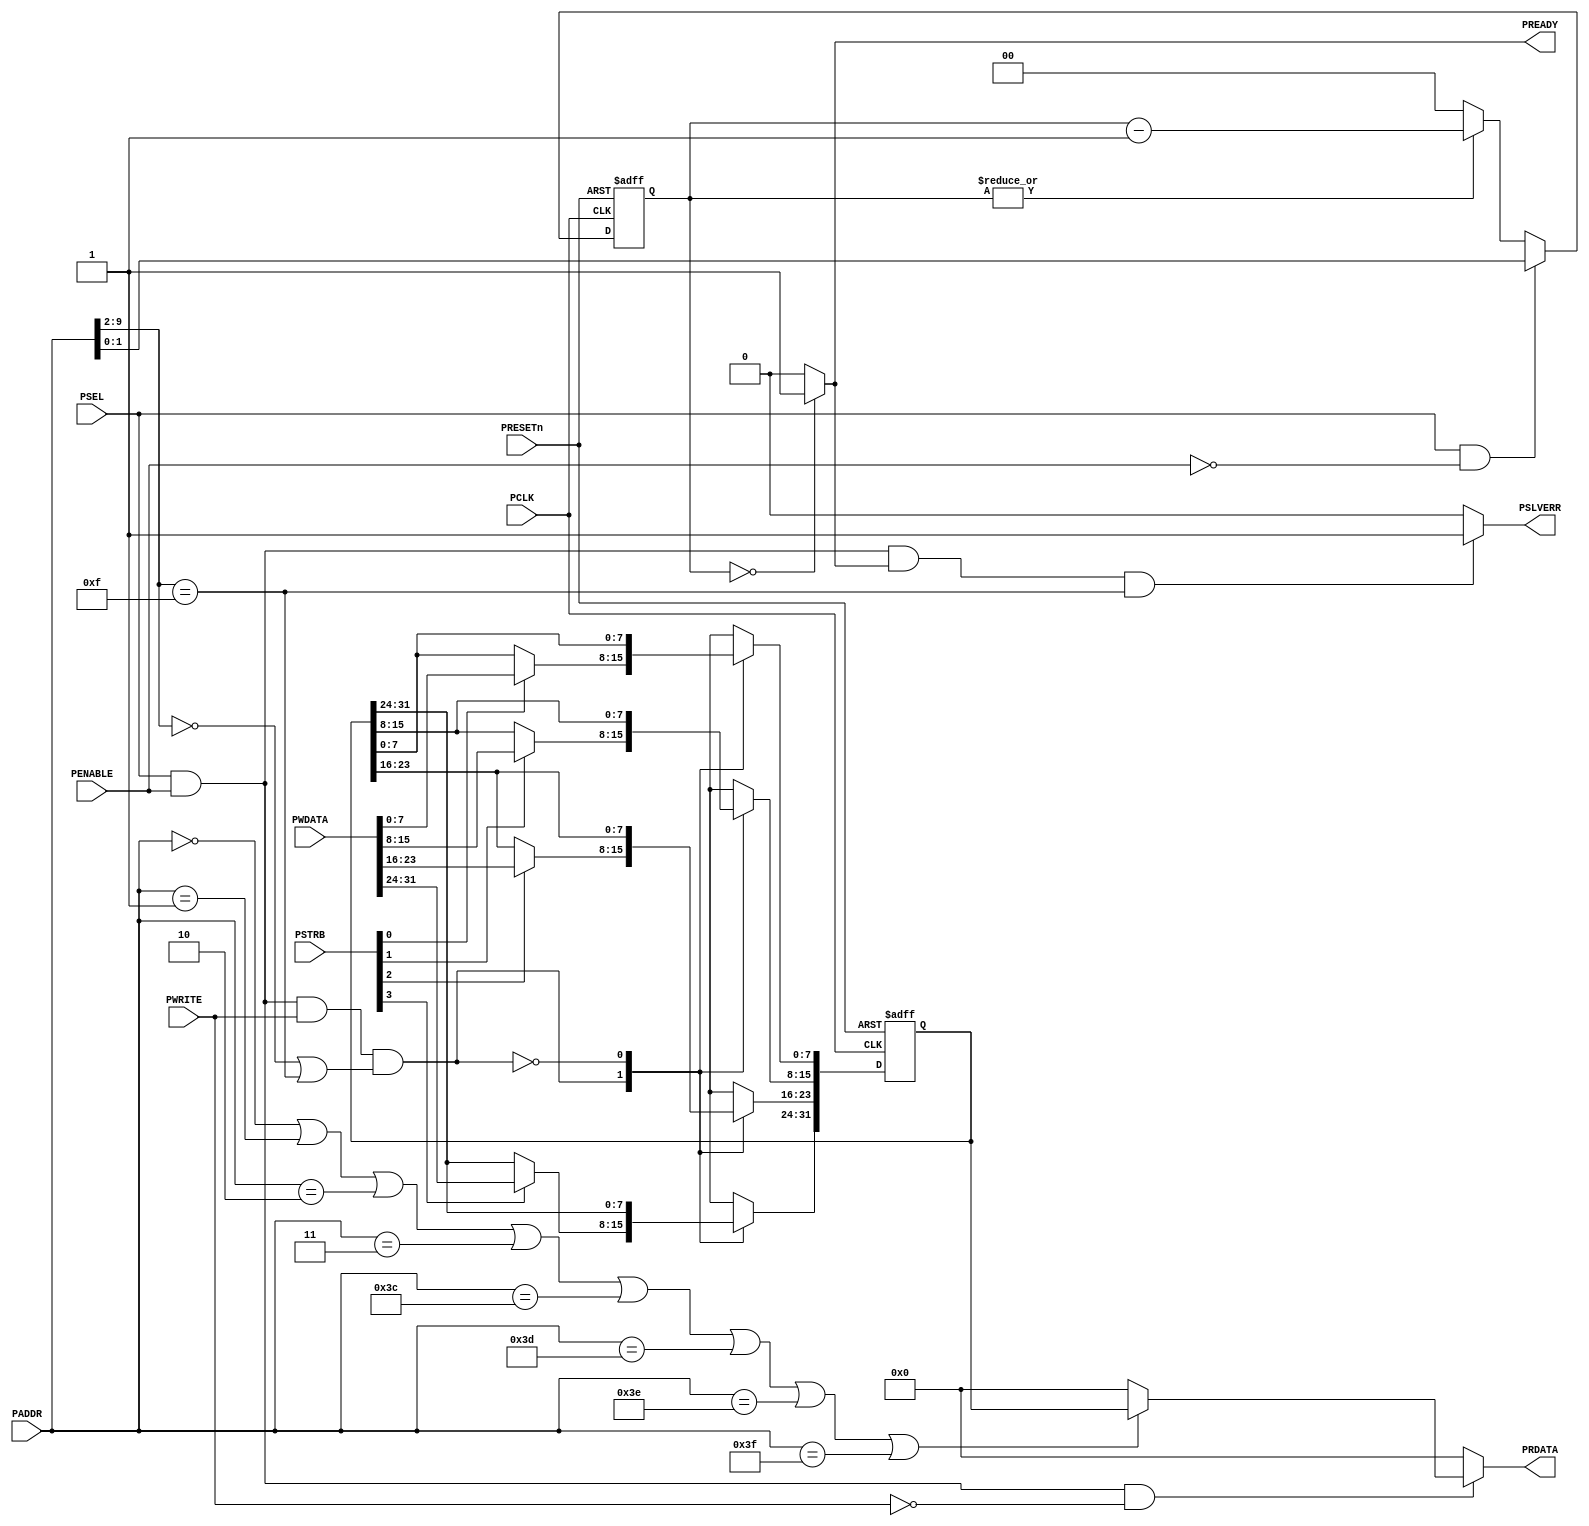
// This program was cloned from: https://github.com/verimake-team/SparkRoad-V
// License: MIT License

//-----------------------------------------------------------------------------
// The confidential and proprietary information contained in this file may
// only be used by a person authorised under and to the extent permitted
// by a subsisting licensing agreement from ARM Limited.
//
//            (C) COPYRIGHT 2010-2013 ARM Limited.
//                ALL RIGHTS RESERVED
//
// This entire notice must be reproduced on all copies of this file
// and copies of this file may only be made by a person if such person is
// permitted to do so under the terms of a subsisting license agreement
// from ARM Limited.
//
//      SVN Information
//
//      Checked In          : $Date: 2012-07-31 10:47:23 +0100 (Tue, 31 Jul 2012) $
//
//      Revision            : $Revision: 217027 $
//
//      Release Information : Cortex-M System Design Kit-r1p0-00rel0
//
//-----------------------------------------------------------------------------
//-----------------------------------------------------------------------------
// Abstract : APB test slave for testing of wait state and error response in
//            the APB subsystem. For validation purpose only.
//-----------------------------------------------------------------------------
//-------------------------------------
// Programmer's model
//  0x000   R/W    Data0[31:0], 0 wait state (2 cycles transfer)
//  0x004   R/W    Data0[31:0], 1 wait state (3 cycles transfer)
//  0x008   R/W    Data0[31:0], 2 wait states (4 cycles transfer)
//  0x00C   R/W    Data0[31:0], 3 wait states (5 cycles transfer)
//
//  0x0F0   R/W    Data0[31:0], 0 wait state, error response
//  0x0F4   R/W    Data0[31:0], 1 wait state, error response
//  0x0F8   R/W    Data0[31:0], 2 wait states, error response
//  0x0FC   R/W    Data0[31:0], 3 wait states, error response
//
//  other addresses : read zero, write ignored
//

module cmsdk_apb_test_slave(
  // IO declaration
  input  wire                    PCLK,     // clock
  input  wire                    PRESETn,  // reset

  // APB interface inputs
  input  wire                    PSEL,
  input  wire [11:2]             PADDR,
  input  wire                    PENABLE,
  input  wire                    PWRITE,
  input  wire [31:0]             PWDATA,
  input  wire [3:0]              PSTRB,

  // APB interface outputs
  output wire  [31:0]            PRDATA,
  output wire                    PREADY,
  output wire                    PSLVERR);

//------------------------------------------------------------------------------
// internal wires
//------------------------------------------------------------------------------
  reg   [31:0]              reg_data0;  // data register
  reg   [31:0]              nxt_data0;
  reg   [ 1:0]              reg_wait_counter; // wait state counter
  reg   [ 1:0]              nxt_wait_counter;
  wire  [31:0]              read_data_mux;

//------------------------------------------------------------------------------
// Main code
//------------------------------------------------------------------------------
  // Data register
  always @(PSEL or PENABLE or PWRITE or PWDATA or PSTRB or PADDR or
    reg_data0)
    begin
    case (PSEL & PENABLE & PWRITE & ((PADDR[11:4]==8'h00)|(PADDR[11:4]==8'h0F)))
     1'b1:
      begin
      nxt_data0[ 7: 0] = (PSTRB[0]) ? PWDATA[ 7: 0] : reg_data0[ 7: 0];
      nxt_data0[15: 8] = (PSTRB[1]) ? PWDATA[15: 8] : reg_data0[15: 8];
      nxt_data0[23:16] = (PSTRB[2]) ? PWDATA[23:16] : reg_data0[23:16];
      nxt_data0[31:24] = (PSTRB[3]) ? PWDATA[31:24] : reg_data0[31:24];
      end
     1'b0:
      nxt_data0 = reg_data0;
     default:
      nxt_data0 = {32{1'bx}};
    endcase
    end

  // register data register
  always @(posedge PCLK or negedge PRESETn)
    begin
    if (~PRESETn)
      reg_data0 <= {32{1'b0}};
    else
      reg_data0 <= nxt_data0;
    end

  // Read data multiplexer
  assign read_data_mux = ((PADDR[11:2] == 10'b0000_0000_00) |
                          (PADDR[11:2] == 10'b0000_0000_01) |
                          (PADDR[11:2] == 10'b0000_0000_10) |
                          (PADDR[11:2] == 10'b0000_0000_11) |
                          (PADDR[11:2] == 10'b0000_1111_00) |
                          (PADDR[11:2] == 10'b0000_1111_01) |
                          (PADDR[11:2] == 10'b0000_1111_10) |
                          (PADDR[11:2] == 10'b0000_1111_11) ) ? reg_data0 : {32{1'b0}};

  // Wait counter
  always @(PSEL or PENABLE or PADDR or reg_wait_counter)
    begin
    if (PSEL & (~PENABLE)) // Set counter at first cycle of APB transfer
      nxt_wait_counter = PADDR[3:2];
    else if  (|reg_wait_counter) // Decrement after 1st cycle
      nxt_wait_counter = reg_wait_counter - 2'b01;
    else // Idle
      nxt_wait_counter = 2'b00;
    end

  // register wait counter
  always @(posedge PCLK or negedge PRESETn)
    begin
    if (~PRESETn)
      reg_wait_counter <= 2'b00;
    else
      reg_wait_counter <= nxt_wait_counter;
    end

  assign PREADY = (reg_wait_counter==2'b00) ?  1'b1 : 1'b0;

  // Error response
  assign PSLVERR = (PSEL & PENABLE & PREADY & (PADDR[11:4]==8'h0F)) ? 1'b1 : 1'b0;

  assign PRDATA  = (PSEL & PENABLE & (~PWRITE)) ? read_data_mux : {32{1'b0}};

endmodule